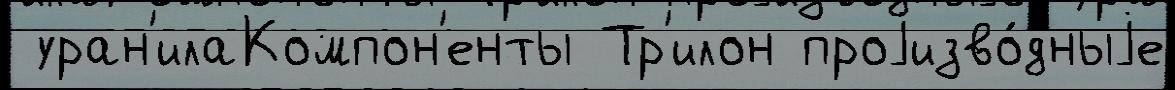
 уран'илаКомпон'енты Тр'илон проjизво́дныjе